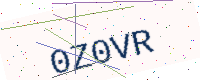
Text: 0Z0VR